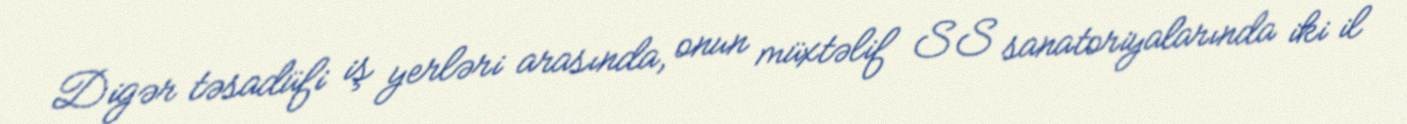
Digər təsadüfi iş yerləri arasında, onun müxtəlif SS sanatoriyalarında iki il